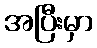
အပြီးမှာ